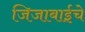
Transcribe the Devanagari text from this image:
जिजाबाईचे